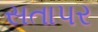
સતાપર